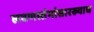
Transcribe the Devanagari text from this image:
लवणस्तंभांसारख्याच